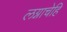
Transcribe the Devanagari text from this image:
लग्नाचेहि